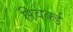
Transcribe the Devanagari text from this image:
रिवर्क्ड